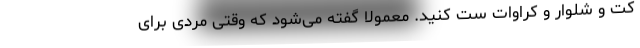
کت و شلوار و کراوات ست کنید. معمولاً گفته می‌شود که وقتی مردی برای